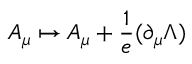
A _ { \mu } \mapsto A _ { \mu } + { \frac { 1 } { e } } ( \partial _ { \mu } \Lambda )